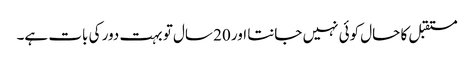
مستقبل کا حال کوئی نہیں جانتا اور 20 سال تو بہت دور کی بات ہے۔